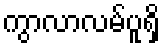
ကွာလာလမ်ပူရှိ